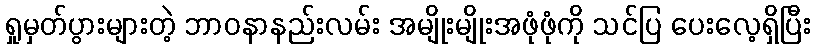
ရှုမှတ်ပွားများတဲ့ ဘာဝနာနည်းလမ်း အမျိုးမျိုးအဖုံဖုံကို သင်ပြ ပေးလေ့ရှိပြီး